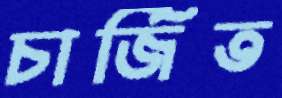
চার্জিত